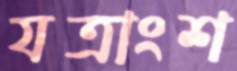
যত্রাংশ